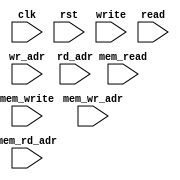
module ip_top_sva_2_stack_1r1w
  #(
parameter     NUMADDR = 1024,
parameter     BITADDR = 10,
parameter     NUMWBNK = 4,
parameter     BITWBNK = 2,
parameter     NUMWROW = 256,
parameter     BITWROW = 8)
(
  input clk,
  input rst,
  input write,
  input [BITADDR-1:0] wr_adr,
  input read,
  input [BITADDR-1:0] rd_adr,
  input [NUMWBNK-1:0] mem_write,
  input [NUMWBNK*BITWROW-1:0] mem_wr_adr,
  input [NUMWBNK-1:0] mem_read,
  input [NUMWBNK*BITWROW-1:0] mem_rd_adr
);
`ifdef FORMAL
//synopsys translate_off

//assert_rd_range_check: assume property (@(posedge clk) disable iff (rst) read |-> (rd_adr < NUMADDR));
assert_wr_range_check: assume property (@(posedge clk) disable iff (rst) write |-> (wr_adr < NUMADDR));

genvar mem_int;
generate for (mem_int=0; mem_int<NUMWBNK; mem_int=mem_int+1) begin: mem_loop
  wire mem_write_wire = mem_write >> mem_int;
  wire [BITWROW-1:0] mem_wr_adr_wire = mem_wr_adr >> (mem_int*BITWROW);
  wire mem_read_wire = mem_read >> mem_int;
  wire [BITWROW-1:0] mem_rd_adr_wire = mem_rd_adr >> (mem_int*BITWROW);

  //assert_mem_rd_range_check: assert property (@(posedge clk) disable iff (rst) mem_read_wire |-> (mem_rd_adr_wire < NUMWROW));
  assert_mem_wr_range_check: assert property (@(posedge clk) disable iff (rst) mem_write_wire |-> (mem_wr_adr_wire < NUMWROW));
  assert_mem_rd_wr_pseudo_check: assert property (@(posedge clk) disable iff (rst) (mem_write_wire && mem_read_wire) |-> (mem_wr_adr_wire != mem_rd_adr_wire));
end
endgenerate
//synopsys translate_on
`endif
endmodule

module ip_top_sva_stack_1r1w
  #(
parameter     WIDTH   = 32,
parameter     NUMADDR = 1024,
parameter     BITADDR = 10,
parameter     NUMWBNK = 4,
parameter     BITWBNK = 2,
parameter     NUMWROW = 256,
parameter     BITWROW = 8,
parameter     SRAM_DELAY = 2,
parameter     FLOPCMD = 0,
parameter     FLOPMEM = 0,
parameter     FLOPOUT = 0,
parameter     RSTZERO = 0
   )
(
  input clk,
  input rst,
  input write,
  input [BITADDR-1:0] wr_adr,
  input [WIDTH-1:0] bw,
  input [WIDTH-1:0] din,
  input read,
  input [BITADDR-1:0] rd_adr,
  input [WIDTH-1:0] rd_dout,
  input rd_fwrd,
  input rd_serr,
  input rd_derr,
  input [BITWBNK+BITWROW-1:0] rd_padr,
  input [NUMWBNK-1:0] mem_write,
  input [NUMWBNK*BITWROW-1:0] mem_wr_adr,
  input [NUMWBNK*WIDTH-1:0] mem_bw,
  input [NUMWBNK*WIDTH-1:0] mem_din,
  input [NUMWBNK-1:0] mem_read,
  input [NUMWBNK*BITWROW-1:0] mem_rd_adr,
  input [NUMWBNK*WIDTH-1:0] mem_rd_dout,
  input [BITADDR-1:0] select_addr
);
`ifdef FORMAL
//synopsys translate_off

wire [BITWBNK-1:0] select_bank;
wire [BITWROW-1:0] select_wrow;
generate if (BITWBNK>0) begin: np2_loop
  np2_addr #(
    .NUMADDR (NUMADDR), .BITADDR (BITADDR),
    .NUMVBNK (NUMWBNK), .BITVBNK (BITWBNK),
    .NUMVROW (NUMWROW), .BITVROW (BITWROW))
    sel_adr (.vbadr(select_bank), .vradr(select_wrow), .vaddr(select_addr));
  end else begin: no_np2_loop
    assign select_bank = 0;
    assign select_wrow = select_addr;
  end
endgenerate

wire mem_write_wire = mem_write >> select_bank;
wire [BITWROW-1:0] mem_wr_adr_wire = mem_wr_adr >> (select_bank*BITWROW);
wire [WIDTH-1:0] mem_bw_wire = mem_bw >> select_bank*WIDTH;
wire [WIDTH-1:0] mem_din_wire = mem_din >> select_bank*WIDTH;

wire mem_read_wire = mem_read >> select_bank;
wire [BITWROW-1:0] mem_rd_adr_wire = mem_rd_adr >> (select_bank*BITWROW);

reg meminv;
reg [WIDTH-1:0] mem;
always @(posedge clk)
  if (rst) begin
    meminv <= 1'b1;
    mem <= RSTZERO ? 0 : 'hx;
  end else if (mem_write_wire && (mem_wr_adr_wire == select_wrow)) begin
    meminv <= meminv && !(|mem_bw_wire);
    mem <= (mem_bw_wire & mem_din_wire) | (~mem_bw_wire & mem);
  end

wire [WIDTH-1:0] mem_dout_wire = mem_rd_dout >> select_bank*WIDTH;

assert_mem_check: assert property (@(posedge clk) disable iff (rst) (mem_read_wire && (mem_rd_adr_wire == select_wrow)) |-> ##SRAM_DELAY
                                   ($past(!RSTZERO && meminv,SRAM_DELAY) || (mem_dout_wire == $past(mem,SRAM_DELAY))));

reg [WIDTH-1:0] fakememinv;
reg [WIDTH-1:0] fakemem;
always @(posedge clk)
  if (rst) begin
    fakememinv <= ~0;
    fakemem <= RSTZERO ? 0 : 'hx;
  end else if (write && (wr_adr == select_addr)) begin
    fakememinv <= fakememinv & ~bw;
    fakemem <= (bw & din) | (~bw & fakemem);
  end

assert_dout_check: assert property (@(posedge clk) disable iff (rst) (read && (rd_adr == select_addr)) |-> ##(SRAM_DELAY+FLOPCMD+FLOPMEM+FLOPOUT)
                                    (&((RSTZERO ? 0 : $past(fakememinv,SRAM_DELAY+FLOPCMD+FLOPMEM+FLOPOUT)) |
                                       ~(rd_dout ^ $past(fakemem,SRAM_DELAY+FLOPCMD+FLOPMEM+FLOPOUT)))));
assert_derr_check: assert property (@(posedge clk) disable iff (rst) (read && (rd_adr == select_addr)) |-> ##(SRAM_DELAY+FLOPCMD+FLOPMEM+FLOPOUT)
                                    !rd_serr && !rd_derr); 
assert_fwrd_check: assert property (@(posedge clk) disable iff (rst) (read && (rd_adr==select_addr)) |-> ##(SRAM_DELAY+FLOPCMD+FLOPMEM+FLOPOUT)
                                    (rd_fwrd == $past(core.forward_read,SRAM_DELAY+FLOPCMD+FLOPMEM+FLOPOUT)));
assert_padr_check: assert property (@(posedge clk) disable iff (rst) (read && (rd_adr==select_addr)) |-> ##(SRAM_DELAY+FLOPCMD+FLOPMEM+FLOPOUT)
				    (rd_padr == {select_bank,select_wrow}));

//synopsys translate_on
`endif
endmodule